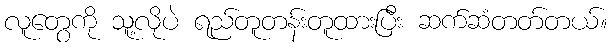
လူတွေကို သူ့လိုပဲ ရည်တူတန်းတူထားပြီး ဆက်ဆံတတ်တယ်။